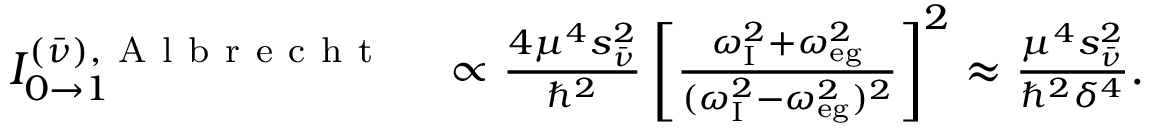
\begin{array} { r l } { I _ { 0 \to 1 } ^ { ( \bar { \nu } ) , \mathrm { ~ A ~ l ~ b ~ r ~ e ~ c ~ h ~ t ~ } } } & { { } \propto \frac { 4 \mu ^ { 4 } s _ { \bar { \nu } } ^ { 2 } } { \hbar ^ { 2 } } \left[ \frac { \omega _ { \mathrm { { I } } } ^ { 2 } + \omega _ { \mathrm { { e g } } } ^ { 2 } } { ( \omega _ { \mathrm { { I } } } ^ { 2 } - \omega _ { \mathrm { { e g } } } ^ { 2 } ) ^ { 2 } } \right] ^ { 2 } \approx \frac { \mu ^ { 4 } s _ { \bar { \nu } } ^ { 2 } } { \hbar ^ { 2 } \delta ^ { 4 } } . } \end{array}